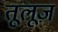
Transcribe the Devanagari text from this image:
तूलूज़